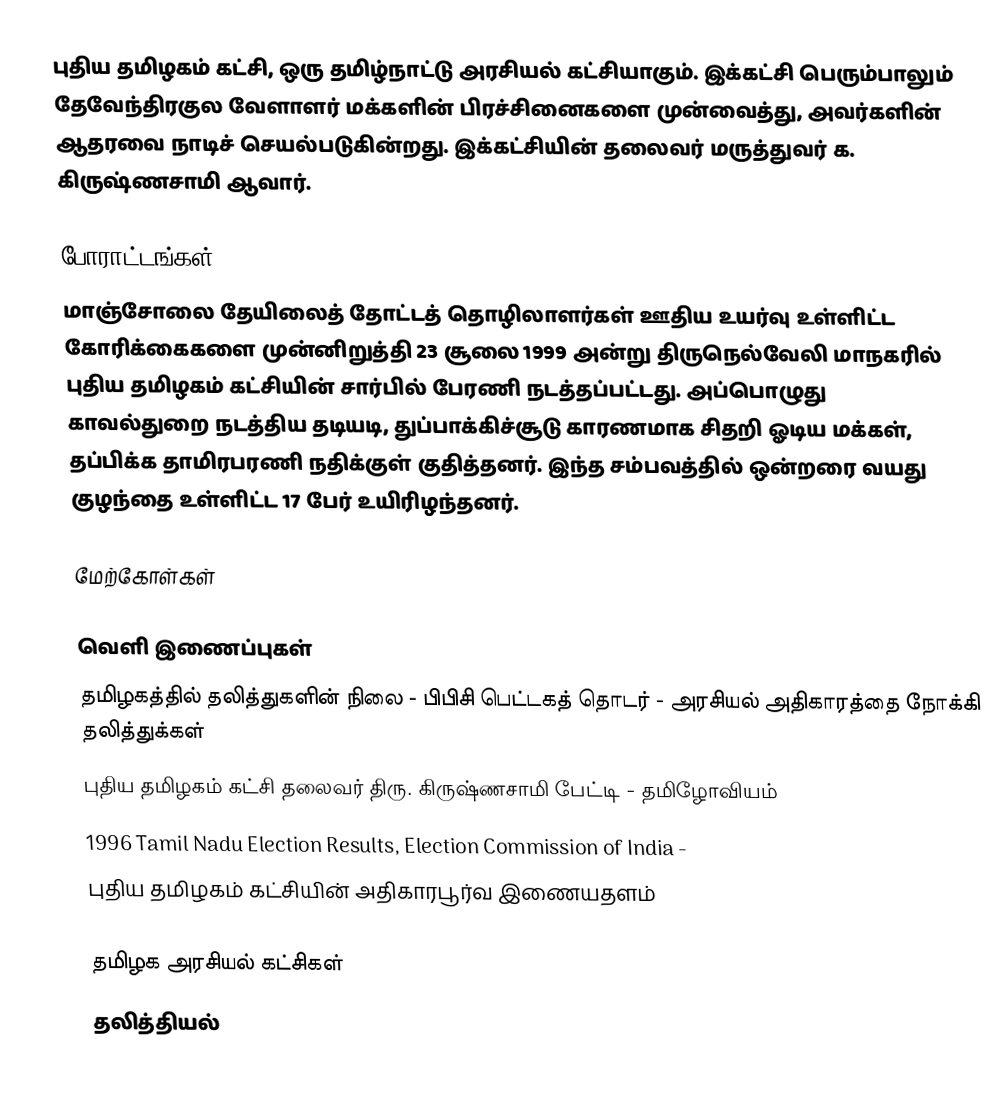
புதிய தமிழகம் கட்சி, ஒரு தமிழ்நாட்டு அரசியல் கட்சியாகும். இக்கட்சி பெரும்பாலும் தேவேந்திரகுல வேளாளர் மக்களின் பிரச்சினைகளை முன்வைத்து, அவர்களின் ஆதரவை நாடிச் செயல்படுகின்றது. இக்கட்சியின் தலைவர் மருத்துவர் க. கிருஷ்ணசாமி ஆவார்.

போராட்டங்கள்
மாஞ்சோலை தேயிலைத் தோட்டத் தொழிலாளர்கள் ஊதிய உயர்வு உள்ளிட்ட கோரிக்கைகளை முன்னிறுத்தி 23 சூலை 1999 அன்று திருநெல்வேலி மாநகரில் புதிய தமிழகம் கட்சியின் சார்பில்  பேரணி நடத்தப்பட்டது. அப்பொழுது காவல்துறை நடத்திய தடியடி, துப்பாக்கிச்சூடு காரணமாக சிதறி ஓடிய மக்கள், தப்பிக்க தாமிரபரணி நதிக்குள் குதித்தனர். இந்த சம்பவத்தில் ஒன்றரை வயது குழந்தை உள்ளிட்ட 17 பேர் உயிரிழந்தனர்.

மேற்கோள்கள்

வெளி இணைப்புகள்
 தமிழகத்தில் தலித்துகளின் நிலை - பிபிசி பெட்டகத் தொடர் - அரசியல் அதிகாரத்தை நோக்கி தலித்துக்கள்
 புதிய தமிழகம் கட்சி தலைவர் திரு. கிருஷ்ணசாமி பேட்டி -  தமிழோவியம்
 1996 Tamil Nadu Election Results, Election Commission of India  -
 புதிய தமிழகம் கட்சியின் அதிகாரபூர்வ இணையதளம்

தமிழக அரசியல் கட்சிகள்
தலித்தியல்